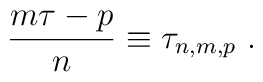
\frac{m\tau-p}{n}\equiv \tau_{n,m,p}\,\,.